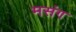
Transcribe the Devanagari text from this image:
मसंग